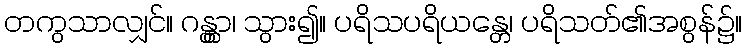
တကွသာလျှင်။ ဂန္တွာ၊ သွား၍။ ပရိသပရိယန္တေ၊ ပရိသတ်၏အစွန်၌။